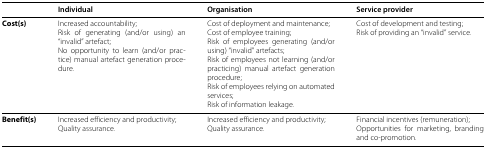
<table><thead><tr><td><b> </b></td><td><b>Individual</b></td><td><b>Organisation</b></td><td><b>Service provider</b></td></tr></thead><tbody><tr><td><b>Cost(s)</b></td><td>Increased accountability;Risk of generating (and/or using) an “invalid” artefact;No opportunity to learn (and/or practice) manual artefact generation procedure.</td><td>Cost of deployment and maintenance;Cost of employee training;Risk of employees generating (and/or using) “invalid” artefacts;Risk of employees not learning (and/or practicing) manual artefact generation procedure;Risk of employees relying on automated services;Risk of information leakage.</td><td>Cost of development and testing;Risk of providing an “invalid” service.</td></tr><tr><td><b>Benefit(s)</b></td><td>Increased efficiency and productivity;Quality assurance.</td><td>Increased efficiency and productivity;Quality assurance.</td><td>Financial incentives (remuneration);Opportunities for marketing, branding and co-promotion.</td></tr></tbody></table>